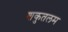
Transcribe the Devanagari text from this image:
शकुतलम